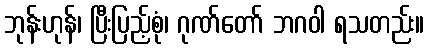
ဘုန်းဟုန်၊ ပြီးပြည့်စုံ၊ ဂုဏ်တော် ဘဂဝါ ရသတည်း။